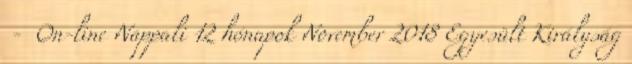
- On-line Nappali 12 hónapok November 2018 Egyesült Királyság